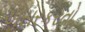
અસરકરતો